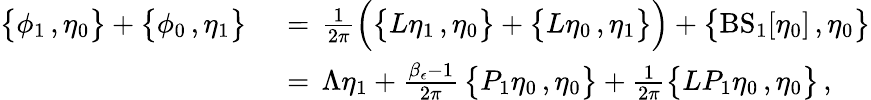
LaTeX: \begin{array}{rl}{\bigl\{ \phi_{1}\, ,\eta_{0}\bigr\} +\bigl\{ \phi_{0}\, ,\eta_{1}\bigr\} \, }&{{}=\, \frac{1}{2\pi}\Bigl(\bigl\{ L\eta_{1}\, ,\eta_{0}\bigr\} +\bigl\{ L\eta_{0}\, ,\eta_{1}\bigr\} \Bigr)+\bigl\{ \mathrm{BS}_{1}[\eta_{0}]\, ,\eta_{0}\bigr\} }\\ {\, }&{{}=\, \Lambda\eta_{1}+\frac{\beta_{\epsilon}-1}{2\pi}\, \bigl\{ P_{1}\eta_{0}\, ,\eta_{0}\bigr\} +\frac{1}{2\pi}\bigl\{ LP_{1}\eta_{0}\, ,\eta_{0}\bigr\} \, ,}\end{array}